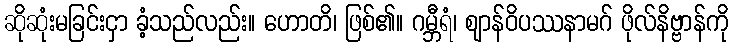
ဆိုဆုံးမခြင်းငှာ ခံ့သည်လည်း။ ဟောတိ၊ ဖြစ်၏။ ဂမ္ဘီရံ၊ ဈာန်ဝိပဿနာမဂ် ဖိုလ်နိဗ္ဗာန်ကို